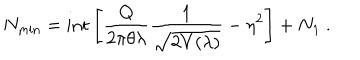
N _ { \mathrm { m i n } } = \mathrm { i n t } \left[ \frac { Q } { 2 \pi \theta \lambda } \frac { 1 } { \sqrt { 2 V ( \lambda ) } } - \eta ^ { 2 } \right] + N _ { 1 } ~ .